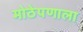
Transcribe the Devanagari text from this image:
मोठेपणाला